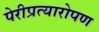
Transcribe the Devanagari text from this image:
पेरीप्रत्यारोपण